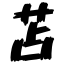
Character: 苫